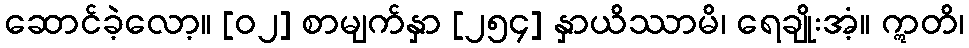
ဆောင်ခဲ့လော့။ [၀၂] စာမျက်နှာ [၂၅၄] နှာယိဿာမိ၊ ရေချိုးအံ့။ ဣတိ၊